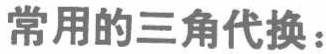
常用的三角代换：